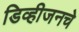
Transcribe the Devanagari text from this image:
डिव्हीजनचे